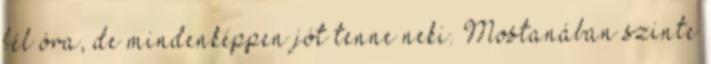
fél óra, de mindenképpen jót tenne neki. Mostanában szinte